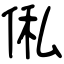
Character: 俬